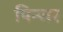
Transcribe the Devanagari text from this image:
पिन्जर